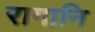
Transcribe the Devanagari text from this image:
रागानि